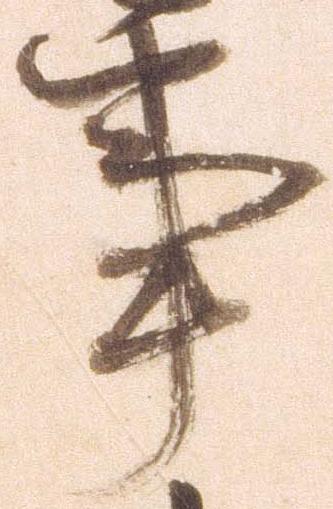
事